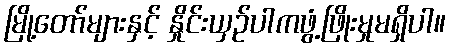
မြို့တော်များနှင့် နှိုင်းယှဉ်ပါကဖွံ့ဖြိုးမှုမရှိပါ။